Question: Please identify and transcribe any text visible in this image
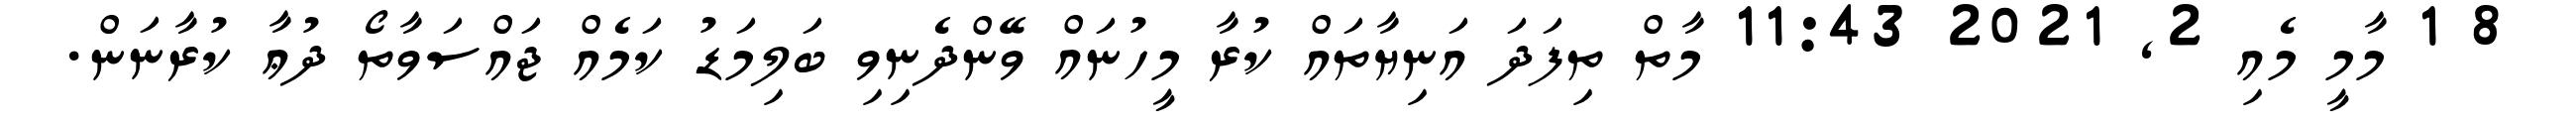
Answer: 8 1 މާމީ މެއި 2, 2021 11:43 މާތް ތިފަދަ އަނިޔާތައް ކުރާ މީހުނައް ވޭންދެނިވި ބަލިމަޑު ކަމެއް ޖައްސަވާތޯ ދުޢާ ކުރާނަން.